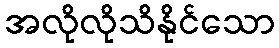
အလိုလိုသိနိုင်သော